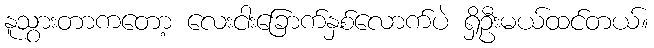
နူသွားတာကတော့ လေးငါးခြောက်နှစ်လောက်ပဲ ရှိဦးမယ်ထင်တယ်။